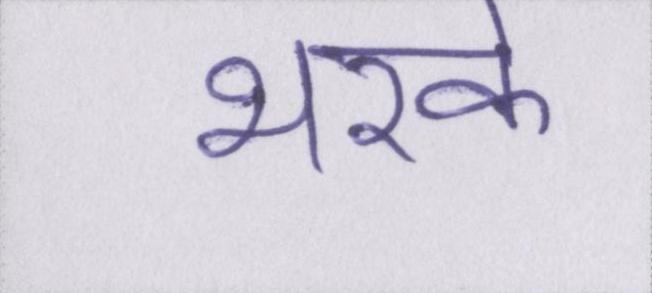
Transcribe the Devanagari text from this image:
भरके